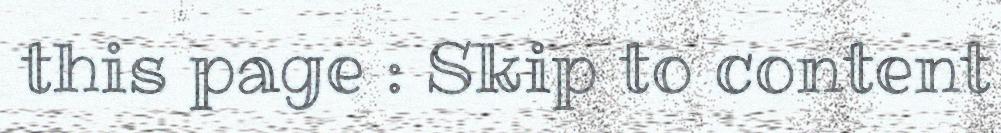
this page : Skip to content